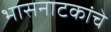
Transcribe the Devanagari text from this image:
भासनाटकांचे